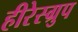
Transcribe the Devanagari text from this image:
हीरेस्ग्रुप